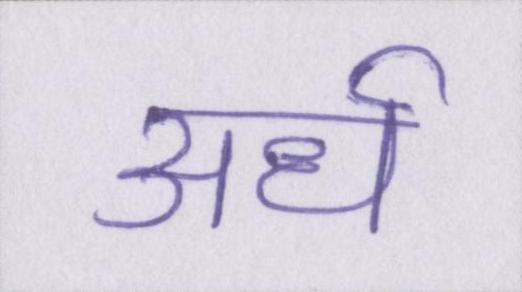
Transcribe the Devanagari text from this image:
अर्ध